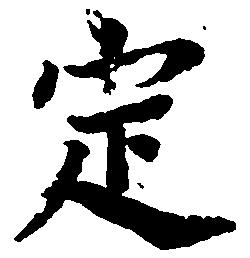
定